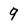
Character: 9